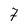
Character: 7